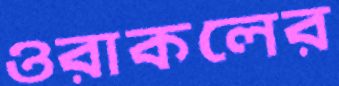
ওরাকলের